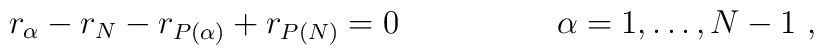
r_\alpha-r_N -r_{P(\alpha)} + r_{P(N)}=0\,~~~~~~~~~~~~~~\alpha=1,\dots,N-1\ ,